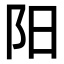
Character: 阳